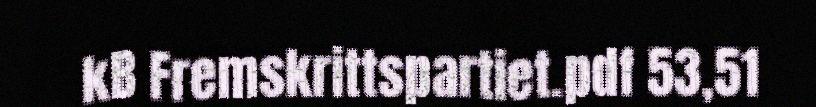
kB Fremskrittspartiet.pdf 53,51